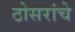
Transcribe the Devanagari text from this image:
ठोसरांचे